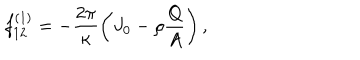
LaTeX: f _ { 1 2 } ^ { \left( 1 \right) } = - \frac { 2 \pi } { \kappa } \left( J _ { 0 } - \rho \frac { Q } { A } \right) ,